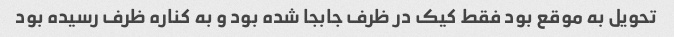
تحویل به موقع بود فقط کیک در ظرف جابجا شده بود و به کناره ظرف رسیده بود